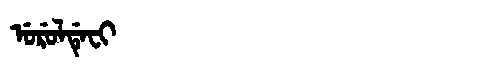
Manchu: ᡠᡵᡠᠯᡩᡝᠸᡳ
Romanization: URULDEFI